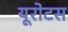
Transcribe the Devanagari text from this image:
यूरोटस